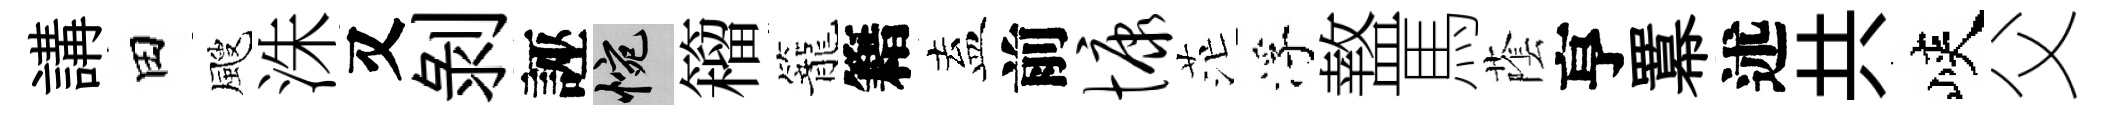
講田颼洙又剝誣惋籕籠籍盍前慷茫浮盩馬䕃亨羃述共峽父